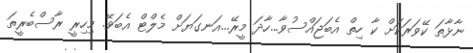
ނާޅާތަ ކޭވަރަކަށް ކާ ހިތް އެބަޖައްސުވާ...ހާދަ މީރޭ...އަނގަޔަށް މެލްޓް އެބަވޭ. މިހިރީ ރާސްބެރީތަ